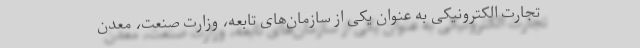
تجارت الکترونیکی به عنوان یکی از سازمان­‌های تابعه، وزارت صنعت، معدن